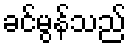
ခင်မွန်သည်